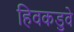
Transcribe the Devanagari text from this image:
हिवकडुवे